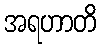
အရဟာတိ